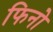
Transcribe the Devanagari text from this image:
फिनो